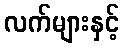
လက်များနှင့်